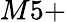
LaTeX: M5+